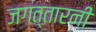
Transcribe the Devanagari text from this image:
जगत्तारनी